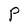
Character: P